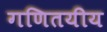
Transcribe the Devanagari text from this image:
गणितयीय